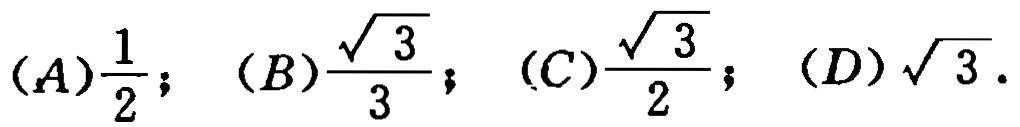
$(A)\frac{1}{2}; (B)\frac{\sqrt{3}}{3}; (C)\frac{\sqrt{3}}{2}; (D)\sqrt{3}.$